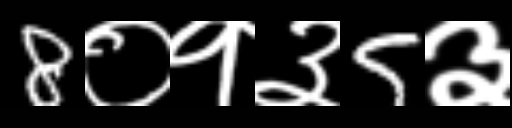
Text: 8०१३5३